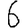
Digit: 6